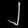
Digit: ၂